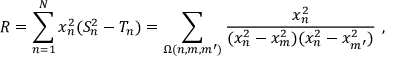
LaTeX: R = \sum _ { n = 1 } ^ { N } x _ { n } ^ { 2 } ( S _ { n } ^ { 2 } - T _ { n } ) = \sum _ { \Omega ( n , m , m ^ { \prime } ) } \frac { x _ { n } ^ { 2 } } { ( x _ { n } ^ { 2 } - x _ { m } ^ { 2 } ) ( x _ { n } ^ { 2 } - x _ { m ^ { \prime } } ^ { 2 } ) } \ ,